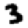
Digit: 3